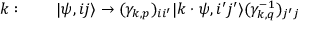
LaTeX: k : \quad \quad \vert \psi , i j \rangle \rightarrow ( \gamma _ { k , p } ) _ { i i ^ { \prime } } \vert k \cdot \psi , i ^ { \prime } j ^ { \prime } \rangle ( \gamma _ { k , q } ^ { - 1 } ) _ { j ^ { \prime } j }